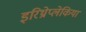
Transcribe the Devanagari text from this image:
इरिथ्रोप्लेकिया